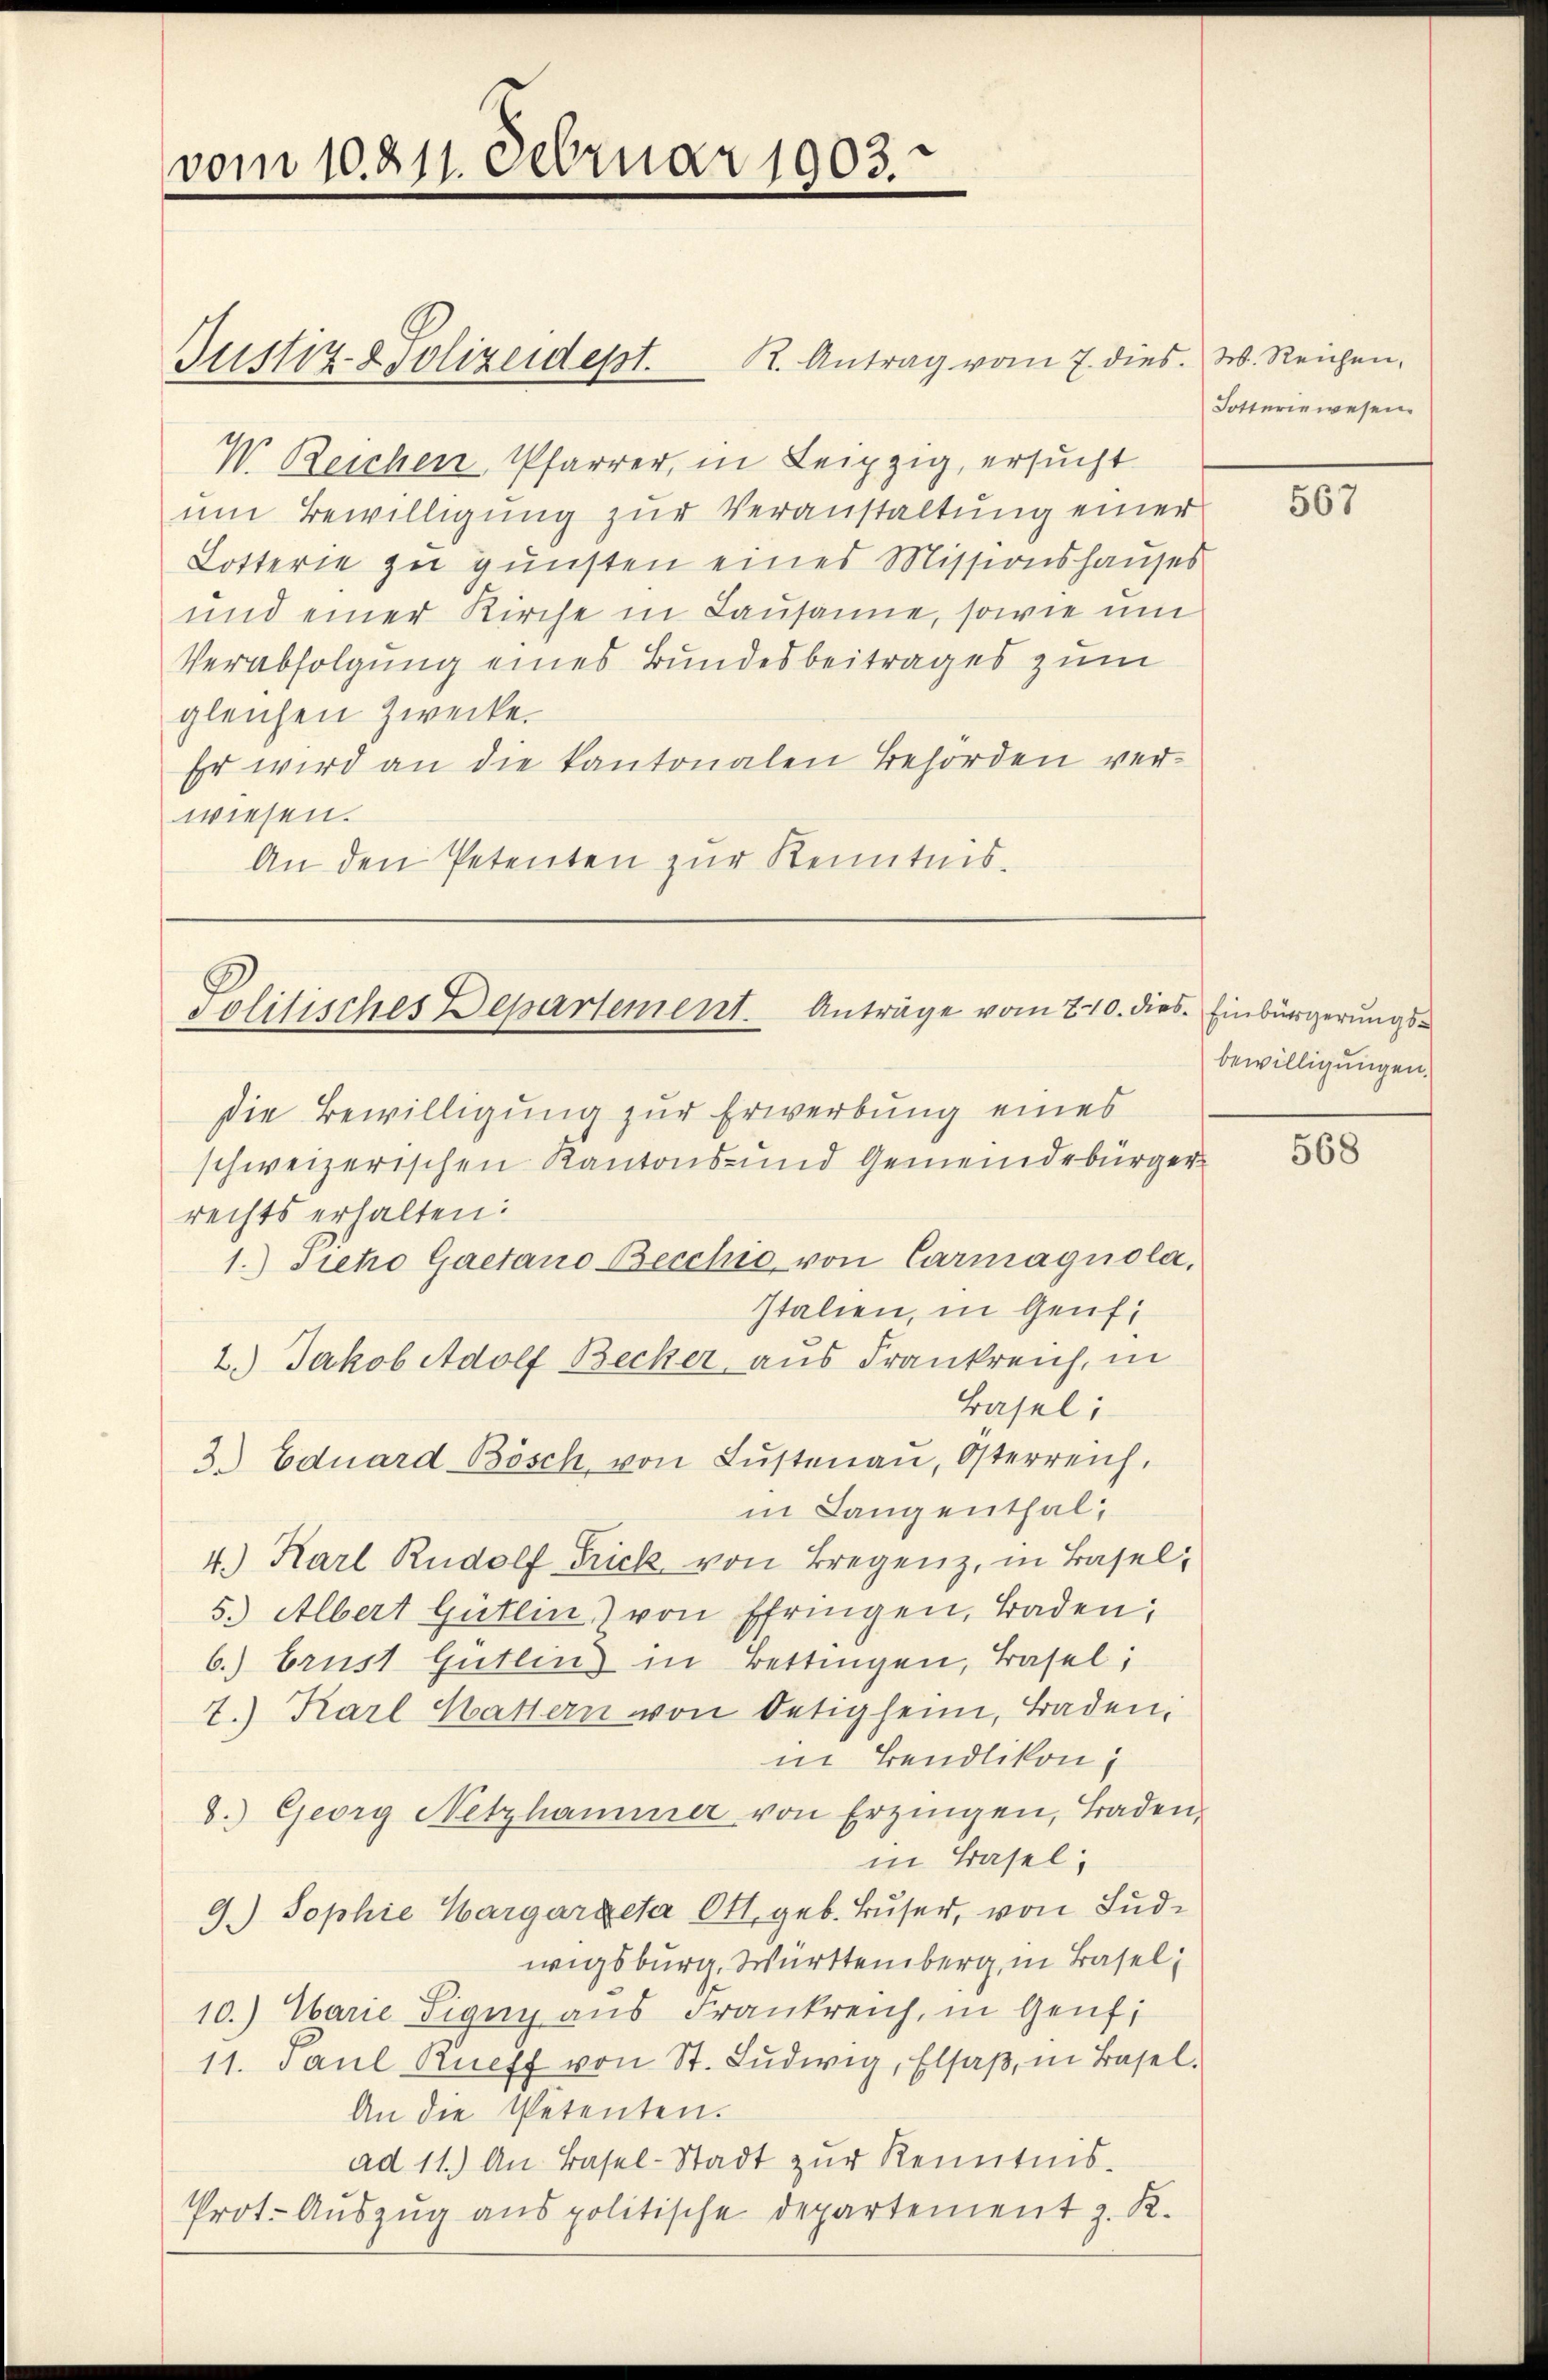
vom 10. 211. Februar 1903.

Justiz- & Polizeidest. K. Antrag vom 7. dies. W. Reichen.
W. Reichen Pfarrer, in Leipzig, ersucht
um Bewilligung zur Veranstaltung einer
Lotterie zu gunsten eines Missionshauses
und einer Kirche in Lausanne, sowie um
Verabfolgung eines Bundesbeitrages zum
gleichen Zwecke.
Er wird an die kantonalen Behörden ver-
wiesen.
An den Petenten zur Kenntnis.

Politisches Departement. Anträge vom 20. dies. Einbürgerungs¬
Die Bewilligung zur Erwerbung eines

Lotteriewesen.

schweizerischen Kantons- und Gemeindebürgerrechts erhalten:
1.) Tieho Gaetano Beschie von Carmagnola,
Italien, in Genf,
2.) Jakob Adolf Becker aus Frankreich, in
Basel;
3. Eduard Bösch von Lŭstenaŭ, Österreich,
in Langenthal,
4.) Karl Rudolf Frick von Bregenz, in Basel,
5.) Albert Gütlin von Efringen, Baden,
6.) Brust Gütlin in Bettingen, Basel;
.) Karl Hattern von Oetialein, Baden,
in Bendlikon;
8.) Georg Netzhammer von Erzingen, Baden,
in Basel
9.) Sophie Hargareta Ott, geb. Buser, von Ludwigsburg, Württemberg, in Basel
10.) Warie Signy aus Frankreich, in Genf;
11. Paŭl Rueff von St. Lŭdwig, Elsaβ in Basel.
An die Petenten.
ad 11.) An Basel-Stadt zur Kenntnis.
Prot. Auszug aus politische Departement z. K.

567

bewilligungen.

568